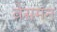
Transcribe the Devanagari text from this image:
वेसमन